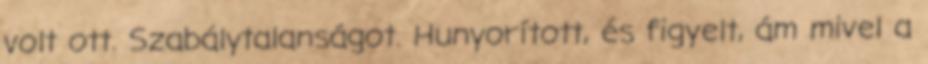
volt ott. Szabálytalanságot. Hunyorított, és figyelt, ám mivel a